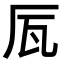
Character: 𠩅